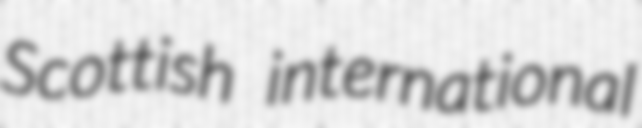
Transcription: Scottish international